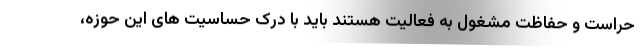
حراست و حفاظت مشغول به فعالیت هستند باید با درک حساسیت های این حوزه،